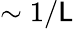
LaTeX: \sim1/\mathsf{L}